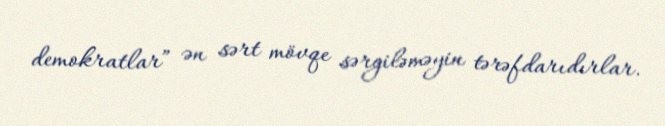
demokratlar” ən sərt mövqe sərgiləməyin tərəfdarıdırlar.